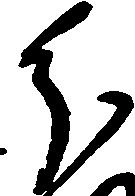
分